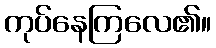
ကုပ်နေကြလေ၏။